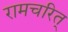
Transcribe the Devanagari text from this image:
रामचरित्